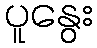
ပူနွေး